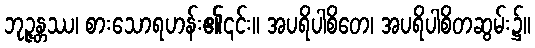
ဘုဉ္ဇန္တဿ၊ စားသောရဟန်း၏၎င်း။ အပရိပါစိတေ၊ အပရိပါစိတဆွမ်း၌။